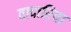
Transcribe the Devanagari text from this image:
वादारिया